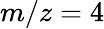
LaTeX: m/z=4